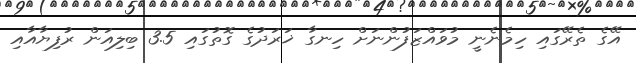
އޭގެ ތެރޭގައި ހިމެނެނީ މުވައްޒަފުންނަށް ހިނގާ ޚަރަދުގެ ގޮތުގައި 3.5 ބިލިއަން ރުފިޔާއާއި